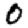
Digit: 0